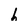
Character: 6